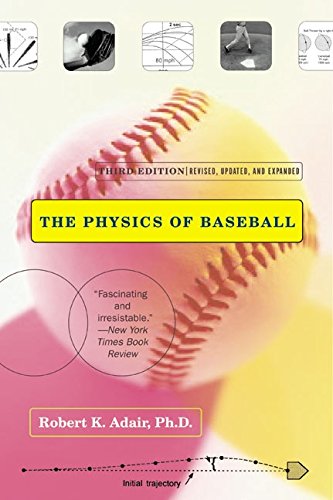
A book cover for The Physics of Baseball (3rd Edition); Robert K. Adair; Science & Math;